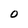
Character: O